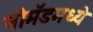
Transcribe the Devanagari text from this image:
नोमॅडमध्ये